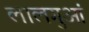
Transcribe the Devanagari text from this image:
लालगुआं